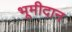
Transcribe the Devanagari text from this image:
भूमीदान